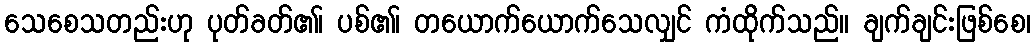
သေစေသတည်းဟု ပုတ်ခတ်၏၊ ပစ်၏၊ တယောက်ယောက်သေလျှင် ကံထိုက်သည်။ ချက်ချင်းဖြစ်စေ၊